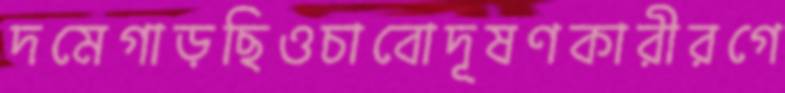
দমেগাড়ছিওচাবোদূষণকারীরগে